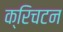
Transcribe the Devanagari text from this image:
क्रिचटन